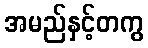
အမည်နှင့်တကွ